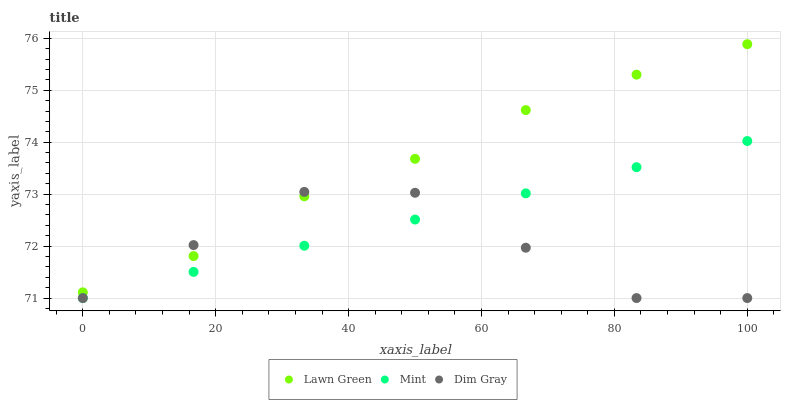
| xaxis_label | Lawn Green | Mint | Dim Gray |
 | --- | --- | --- | --- |
 | 0 | 71.1 | 71 | 71 |
 | 16.7 | 71.8 | 71.5 | 72 |
 | 33.3 | 73 | 72 | 73 |
 | 50 | 73.7 | 72.5 | 73 |
 | 66.7 | 74.6 | 73 | 72 |
 | 83.3 | 75.3 | 73.5 | 71 |
 | 100 | 75.9 | 74 | 71 |